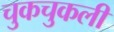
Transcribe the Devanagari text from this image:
चुकचुकली